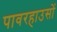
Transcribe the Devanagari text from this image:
पावरहाउसों